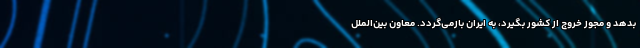
بدهد و مجوز خروج از کشور بگیرد، به ایران بازمی‌گردد. معاون بین‌الملل